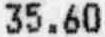
35.60